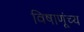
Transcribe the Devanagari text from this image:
विषाणूंच्य